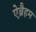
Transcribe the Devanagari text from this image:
ऐब्रैहम